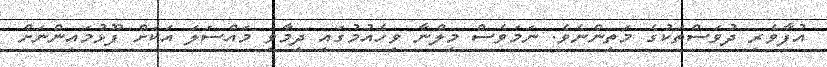
އުފާވެރި ދުވަސްތަކުގެ މަތިންނެވެ. ނަމަވެސް މިލްނާ ވިހެއުމުގައި ދިމާވި މައްސަލަ އަކަށް ފޫޅުމައިންނަށް